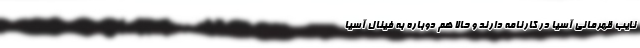
نایب قهرمانی آسیا در کارنامه دارند و حالا هم دوباره به فینال آسیا